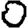
Digit: 0